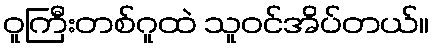
ဝူကြီးတစ်ဂူထဲ သူဝင်အိပ်တယ်။